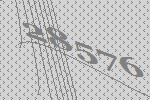
28576